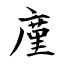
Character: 廑